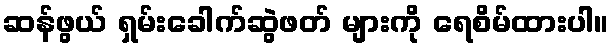
ဆန်ဖွယ် ရှမ်းခေါက်ဆွဲဖတ် များကို ရေစိမ်ထားပါ။